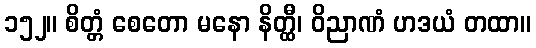
၁၅၂။ စိတ္တံ စေတော မနော နိတ္ထီ၊ ဝိညာဏံ ဟဒယံ တထာ။